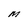
Character: M